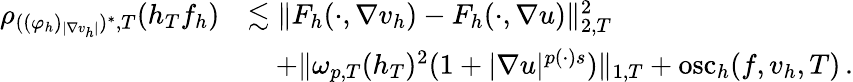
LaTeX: \begin{array}{r}{\begin{array}{rl}{\rho_{((\varphi_{h})_{\vert\nabla v_{h}\vert})^{*},T}(h_{T}f_{h})}&{\lesssim\| F_{h}(\cdot,\nabla v_{h})-F_{h}(\cdot,\nabla u)\| _{2,T}^{2}}\\ &{\quad+\| \omega_{p,T}(h_{T})^{2}(1+\vert\nabla u\vert^{p(\cdot)s})\| _{1,T}+\mathrm{osc}_{h}(f,v_{h},T)\, .}\end{array}}\end{array}